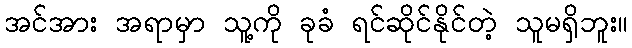
အင်အား အရာမှာ သူ့ကို ခုခံ ရင်ဆိုင်နိုင်တဲ့ သူမရှိဘူး။